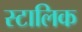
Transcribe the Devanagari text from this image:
स्टालिक